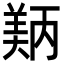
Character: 𬙵